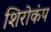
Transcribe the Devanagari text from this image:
शिरोकंप